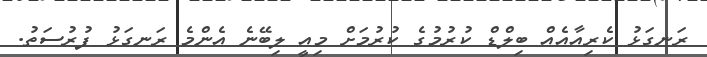
ރަނގަޅު ކެރިއާއެއް ބިލްޑް ކުރުމުގެ ކުރުމަށް މިއީ ލިބޭނެ އެންމެ ރަނގަޅު ފުރުސަތު.